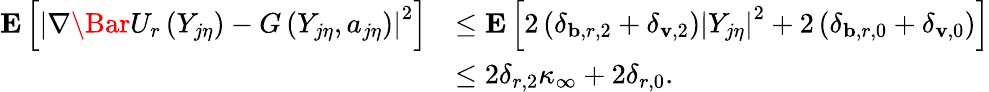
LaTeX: \begin{array}{rl}{\mathbf{E}\left[\left|\nabla\Bar{U}_{r}\left(Y_{j\eta}\right)-G\left(Y_{j\eta},a_{j\eta}\right)\right|^{2}\right]}&{\le\mathbf{E}\left[2\left(\delta_{\mathbf{b},r,2}+\delta_{\mathbf{v},2}\right)\left|Y_{j\eta}\right|^{2}+2\left(\delta_{\mathbf{b},r,0}+\delta_{\mathbf{v},0}\right)\right]}\\ &{\le 2\delta_{r,2}\kappa_{\infty}+2\delta_{r,0}.}\end{array}